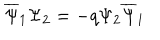
\overline { { { \Psi } } } _ { 1 } \Psi _ { 2 } = - q \Psi _ { 2 } \overline { { { \Psi } } } _ { 1 }